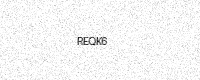
Text: REQK6